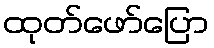
ထုတ်ဖော်ပြော